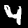
Label: 4